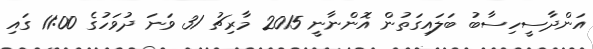
އަންދާސީހިސާބު ބަލައިގަތުން އޮންނާނީ 2015 މާރިޗު 31 ވަނަ ދުވަހުގެ 11:00 ގައި